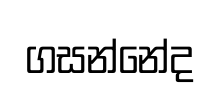
ගසන්නේද